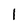
Character: I